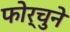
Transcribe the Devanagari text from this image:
फोर्चुने